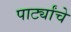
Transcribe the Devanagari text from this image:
पार्ट्यांचे